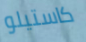
كاستيلو